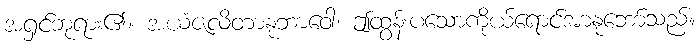
အရှင်ဘုရား၏။ အယံဇလိတာနုဘာဝေါ၊ ဤထွန်းပသောကိုယ်ရောင်အာနုဘော်သည်။